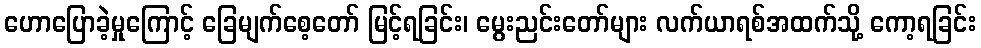
ဟောပြောခဲ့မှုကြောင့် ခြေမျက်စေ့တော် မြင့်ရခြင်း၊ မွေးညင်းတော်များ လက်ယာရစ်အထက်သို့ ကော့ရခြင်း